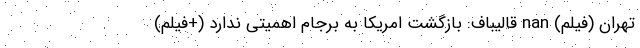
تهران (فیلم) nan قالیباف: بازگشت امریکا به برجام اهمیتی ندارد (+فیلم)